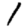
Digit: 1